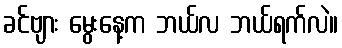
ခင်ဗျား မွေးနေ့က ဘယ်လ ဘယ်ရက်လဲ။